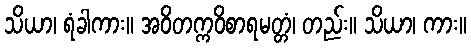
သိယာ၊ ရံခါကား။ အဝိတက္ကဝိစာရမတ္တံ၊ တည်း။ သိယာ၊ ကား။